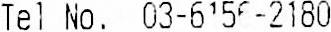
TEL NO. 03-6156-2180